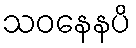
သဝနေနပိ